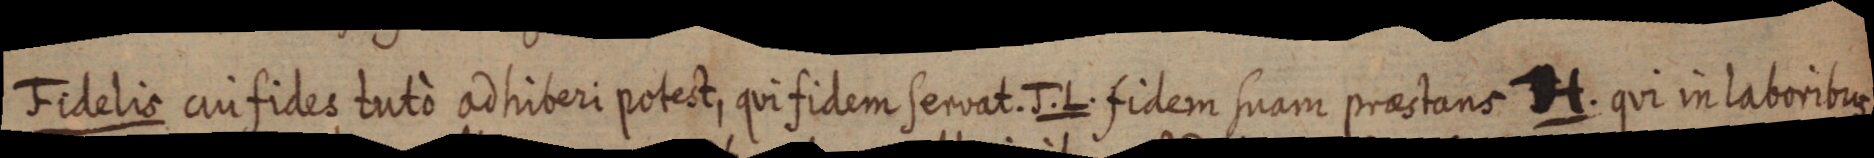
Fidelis cuifides tuto adhiberi potest, qui fidem servat. J. L. fidem suam praestans H. qui in laboribus